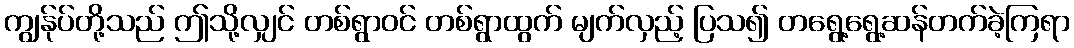
ကျွန်ုပ်တို့သည် ဤသို့လျှင် တစ်ရွာဝင် တစ်ရွာထွက် မျက်လှည့် ပြသ၍ တရွေ့ရွေ့ဆန်တက်ခဲ့ကြရာ